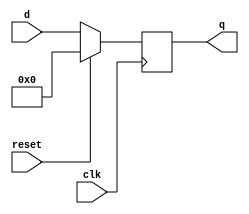
`timescale 1ns / 1ps
//***************************************//
// File name: FlipFlop_Sync              //
//                                       //
// Created by Carlos Ornelas on 4/10/20. //
// CECS 440: PROF: Maryam Seyyedhosseini //
//***************************************//
module FlipFlop(clk, reset,d,q);
input clk, reset;
input  [7:0] d;
output reg [7:0] q;

always @(posedge clk)
begin
    if (reset)
        q <=7'b0;
    else
        q <= d;
end

endmodule